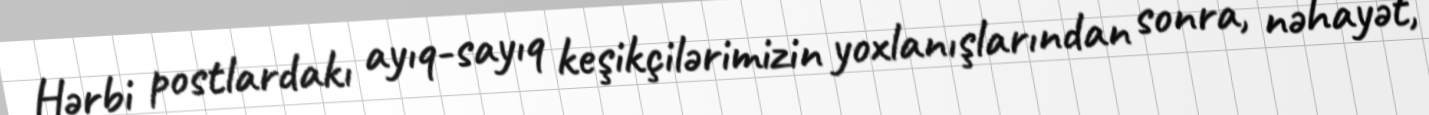
Hərbi postlardakı ayıq-sayıq keşikçilərimizin yoxlanışlarından sonra, nəhayət,